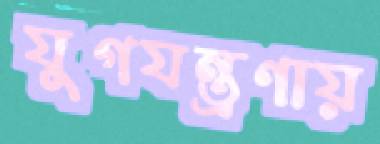
যুগযন্ত্রণায়